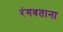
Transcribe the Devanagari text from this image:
रंगवताना